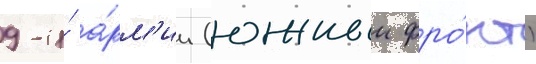
9-и́ а́рм'ии (южныи фро́нт)